Leaving Certificate Examination (including Day School Certificate (Higher) General paper), 1927
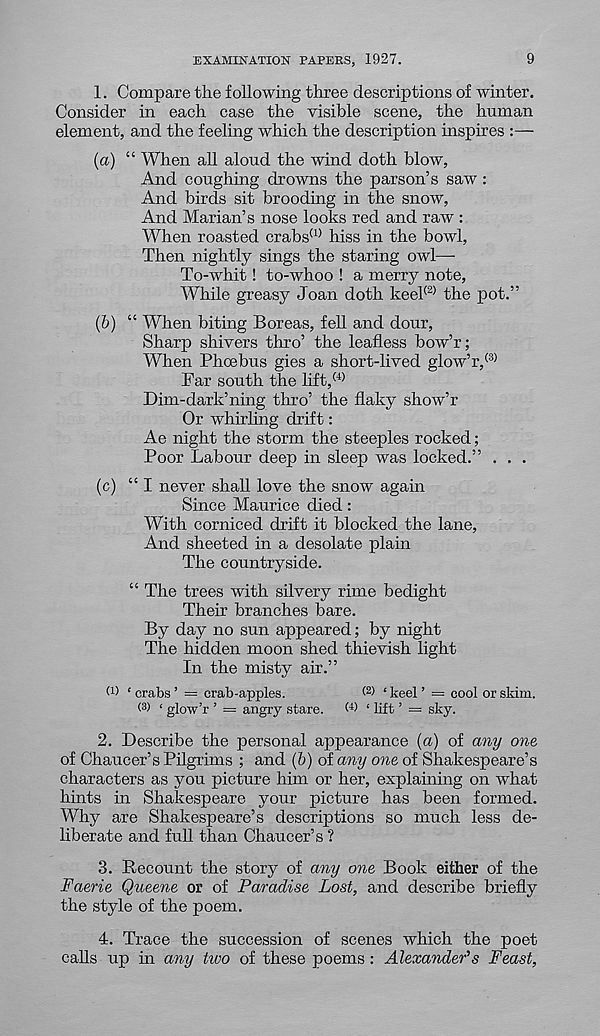
EXAMINATION PAPERS, 1927.
9
1. Compare the following three descriptions of winter.
Consider in each case the visible scene, the human
element, and the feeling which the description inspires :—
(a) “ When all aloud the wind doth blow,
And coughing drowns the parson’s saw :
And birds sit brooding in the snow,
And Marian’s nose looks red and raw :
When roasted crabs (1) hiss in the bowl,
Then nightly sings the staring owl—
To-whit! to-whoo ! a merry note,
While greasy Joan doth keel (2) the pot.”
(b) “ When biting Boreas, fell and dour,
Sharp shivers thro’ the leafless bow’r;
When Phoebus gies a short-lived glow’r, (3)
Par south the lift, (4)
Dim-dark’ning thro’ the flaky show’r
Or whirling drift:
Ae night the storm the steeples rocked;
Poor Labour deep in sleep was locked.” . . .
(c) “I never shall love the snow again
Since Maurice died:
With corniced drift it blocked the lane,
And sheeted in a desolate plain
The countryside.
“ The trees with silvery rime bedight
Their branches bare.
By day no sun appeared; by night
The hidden moon shed thievish light
In the misty air.”
(U £ crabs ’ = crab-apples.
‘ keel ’ = cool or skim.
(3) < glow’r ’ = angry stare.
W 1 lift ’ — sky.
2. Describe the personal appearance (a) of any one
of Chaucer’s Pilgrims ; and (b) of any one of Shakespeare’s
characters as you picture him or her, explaining on what
hints in Shakespeare your picture has been formed.
Why are Shakespeare’s descriptions so much less de-
liberate and full than Chaucer’s ?
3. Recount the story of any one Book either of the
Faerie Queene or of Paradise Lost, and describe briefly
the style of the poem.
4. Trace the succession of scenes which the poet
calls up in any two of these poems: Alexander’s Feast,